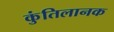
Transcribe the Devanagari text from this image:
कुंतिलानक